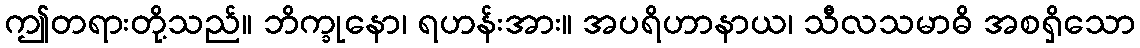
ဤတရားတို့သည်။ ဘိက္ခုနော၊ ရဟန်းအား။ အပရိဟာနာယ၊ သီလသမာဓိ အစရှိသော